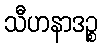
သီဟနာဒဉ္စ